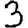
Digit: 3